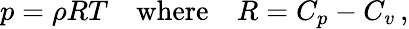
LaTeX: p=\rho RT\quad\textrm{where}\quad R=C_{p}-C_{v}\, ,